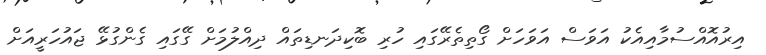
އިރުއޮއްސުމާއިއެކު އަވަސް އަވަހަށް ގޯތިތެރޭގައި ހުރި ބޮކިދަނޑިތައް ދިއްލުމަށް ގޭގައި ގެންގުޅޭ ޖައުހަރީއަށް